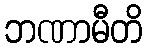
ဘဏာမီတိ